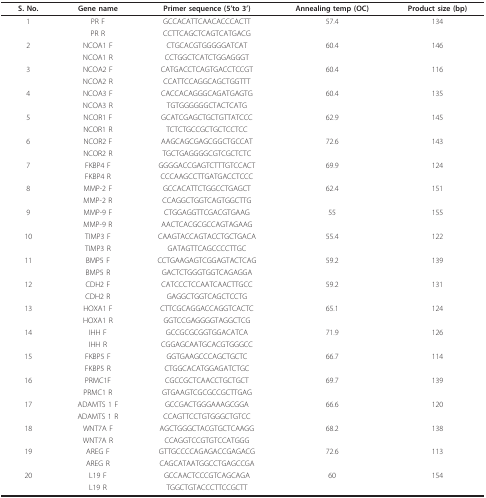
<table><thead><tr><td><b>S. No.</b></td><td><b>Gene name</b></td><td><b>Primer sequence (5&#x27;to 3&#x27;)</b></td><td><b>Annealing temp (OC)</b></td><td><b>Product size (bp)</b></td></tr></thead><tbody><tr><td>1</td><td>PR F</td><td>GCCACATTCAACACCCACTT</td><td>57.4</td><td>134</td></tr><tr><td></td><td>PR R</td><td>CCTTCAGCTCAGTCATGACG</td><td></td><td></td></tr><tr><td>2</td><td>NCOA1 F</td><td>CTGCACGTGGGGGATCAT</td><td>60.4</td><td>146</td></tr><tr><td></td><td>NCOA1 R</td><td>CCTGGCTCATCTGGAGGGT</td><td></td><td></td></tr><tr><td>3</td><td>NCOA2 F</td><td>CATGACCTCAGTGACCTCCGT</td><td>60.4</td><td>116</td></tr><tr><td></td><td>NCOA2 R</td><td>CCATTCCAGGCAGCTGGTTT</td><td></td><td></td></tr><tr><td>4</td><td>NCOA3 F</td><td>CACCACAGGGCAGATGAGTG</td><td>60.4</td><td>135</td></tr><tr><td></td><td>NCOA3 R</td><td>TGTGGGGGGCTACTCATG</td><td></td><td></td></tr><tr><td>5</td><td>NCOR1 F</td><td>GCATCGAGCTGCTGTTATCCC</td><td>62.9</td><td>145</td></tr><tr><td></td><td>NCOR1 R</td><td>TCTCTGCCGCTGCTCCTCC</td><td></td><td></td></tr><tr><td>6</td><td>NCOR2 F</td><td>AAGCAGCGAGCGGCTGCCAT</td><td>72.6</td><td>143</td></tr><tr><td></td><td>NCOR2 R</td><td>TGCTGAGGGGCGTCGCTCTC</td><td></td><td></td></tr><tr><td>7</td><td>FKBP4 F</td><td>GGGGACCGAGTCTTTGTCCACT</td><td>69.9</td><td>124</td></tr><tr><td></td><td>FKBP4 R</td><td>CCCAAGCCTTGATGACCTCCC</td><td></td><td></td></tr><tr><td>8</td><td>MMP-2 F</td><td>GCCACATTCTGGCCTGAGCT</td><td>62.4</td><td>151</td></tr><tr><td></td><td>MMP-2 R</td><td>CCAGGCTGGTCAGTGGCTTG</td><td></td><td></td></tr><tr><td>9</td><td>MMP-9 F</td><td>CTGGAGGTTCGACGTGAAG</td><td>55</td><td>155</td></tr><tr><td></td><td>MMP-9 R</td><td>AACTCACGCGCCAGTAGAAG</td><td></td><td></td></tr><tr><td>10</td><td>TIMP3 F</td><td>CAAGTACCAGTACCTGCTGACA</td><td>55.4</td><td>122</td></tr><tr><td></td><td>TIMP3 R</td><td>GATAGTTCAGCCCCTTGC</td><td></td><td></td></tr><tr><td>11</td><td>BMP5 F</td><td>CCTGAAGAGTCGGAGTACTCAG</td><td>59.2</td><td>139</td></tr><tr><td></td><td>BMP5 R</td><td>GACTCTGGGTGGTCAGAGGA</td><td></td><td></td></tr><tr><td>12</td><td>CDH2 F</td><td>CATCCCTCCAATCAACTTGCC</td><td>59.2</td><td>131</td></tr><tr><td></td><td>CDH2 R</td><td>GAGGCTGGTCAGCTCCTG</td><td></td><td></td></tr><tr><td>13</td><td>HOXA1 F</td><td>CTTCGCAGGACCAGGTCACTC</td><td>65.1</td><td>124</td></tr><tr><td></td><td>HOXA1 R</td><td>GGTCCGAGGGGTAGGCTCG</td><td></td><td></td></tr><tr><td>14</td><td>IHH F</td><td>GCCGCGCGGTGGACATCA</td><td>71.9</td><td>126</td></tr><tr><td></td><td>IHH R</td><td>CGGAGCAATGCACGTGGGCC</td><td></td><td></td></tr><tr><td>15</td><td>FKBP5 F</td><td>GGTGAAGCCCAGCTGCTC</td><td>66.7</td><td>114</td></tr><tr><td></td><td>FKBP5 R</td><td>CTGGCACATGGAGATCTGC</td><td></td><td></td></tr><tr><td>16</td><td>PRMC1F</td><td>CGCCGCTCAACCTGCTGCT</td><td>69.7</td><td>139</td></tr><tr><td></td><td>PRMC1 R</td><td>GTGAAGTCGCGCCGCTTGAG</td><td></td><td></td></tr><tr><td>17</td><td>ADAMTS 1 F</td><td>GCCGACTGGGAAAGCGGA</td><td>66.6</td><td>120</td></tr><tr><td></td><td>ADAMTS 1 R</td><td>CCAGTTCCTGTGGGCTGTCC</td><td></td><td></td></tr><tr><td>18</td><td>WNT7A F</td><td>AGCTGGGCTACGTGCTCAAGG</td><td>68.2</td><td>138</td></tr><tr><td></td><td>WNT7A R</td><td>CCAGGTCCGTGTCCATGGG</td><td></td><td></td></tr><tr><td>19</td><td>AREG F</td><td>GTTGCCCCAGAGACCGAGACG</td><td>72.6</td><td>113</td></tr><tr><td></td><td>AREG R</td><td>CAGCATAATGGCCTGAGCCGA</td><td></td><td></td></tr><tr><td>20</td><td>L19 F</td><td>GCCAACTCCCGTCAGCAGA</td><td>60</td><td>154</td></tr><tr><td></td><td>L19 R</td><td>TGGCTGTACCCTTCCGCTT</td><td></td><td></td></tr></tbody></table>